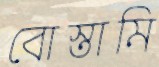
বোস্তামি